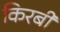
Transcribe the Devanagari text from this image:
किरबी